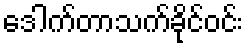
ဒေါက်တာသက်ခိုင်ဝင်း